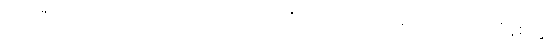
ဥရဂဇာတ်သည်လည်းကောင်း။ ဘဂ္ဂ၊ ဘဂ္ဂဇာတ်သည်လည်းကောင်း။ အလီနစိတ္တ၊